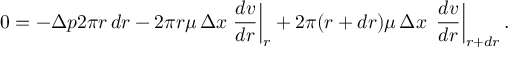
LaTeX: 0 = - \Delta p 2 \pi r \, d r - 2 \pi r \mu \, \Delta x \left. { \frac { d v } { d r } } \right| _ { r } + 2 \pi ( r + d r ) \mu \, \Delta x \, \left. { \frac { d v } { d r } } \right\vert _ { r + d r } .